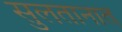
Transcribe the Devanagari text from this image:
सुलतानात